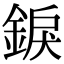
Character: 錑